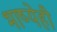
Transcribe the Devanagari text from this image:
भाष्येही